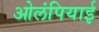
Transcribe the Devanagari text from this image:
ओलंपियाई